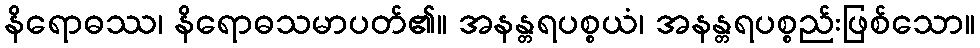
နိရောဓဿ၊ နိရောဓသမာပတ်၏။ အနန္တရပစ္စယံ၊ အနန္တရပစ္စည်းဖြစ်သော။